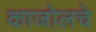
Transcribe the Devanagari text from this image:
काजोलचे